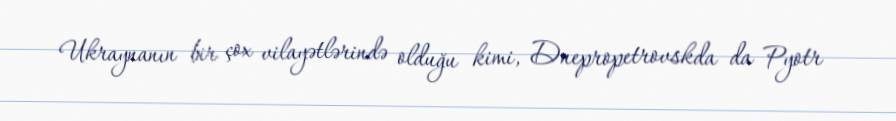
Ukraynanın bir çox vilayətlərində olduğu kimi, Dnepropetrovskda da Pyotr